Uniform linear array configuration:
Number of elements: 12
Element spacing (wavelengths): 1
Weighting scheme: binomial
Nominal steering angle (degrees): -30
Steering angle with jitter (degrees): -30.718
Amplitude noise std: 0.05
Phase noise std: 0.05

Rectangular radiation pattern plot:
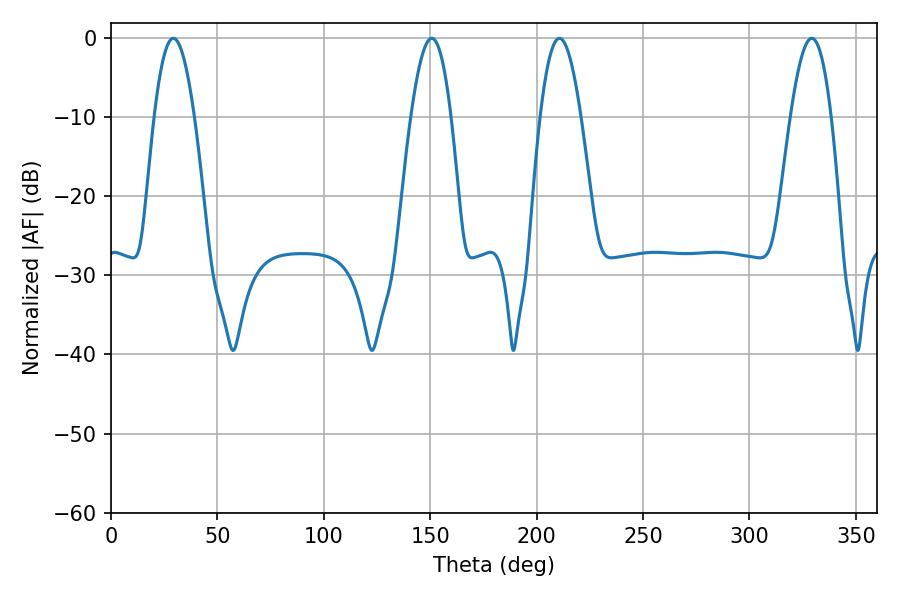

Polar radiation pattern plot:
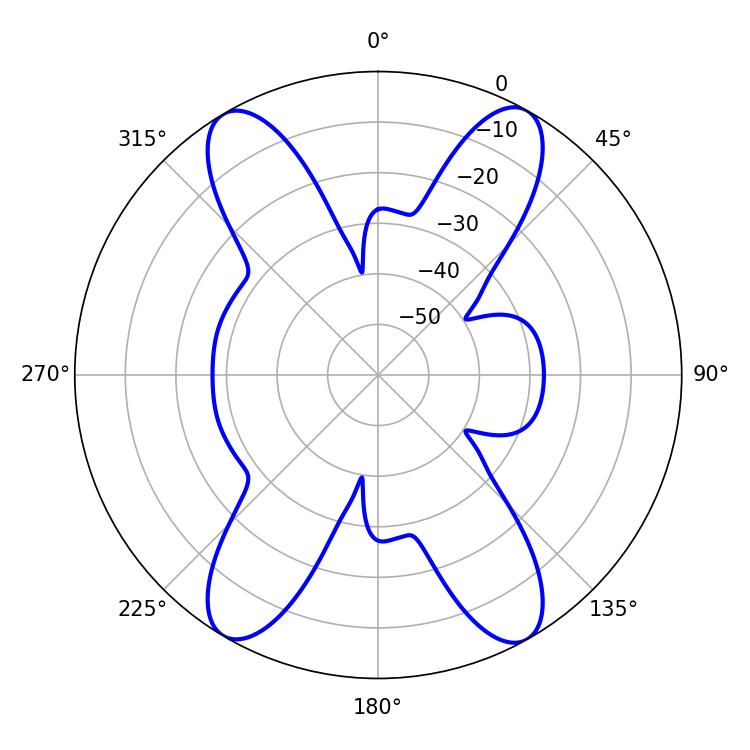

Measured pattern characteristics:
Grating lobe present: TRUE
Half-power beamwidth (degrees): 10.26
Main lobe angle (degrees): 29.34